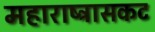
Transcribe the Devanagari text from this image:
महाराष्ट्रासकट